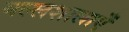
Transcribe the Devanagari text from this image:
मल्लशालाएँ